Vital statistics of India. Vol. VI, European troops 1870-79
Year: 1870
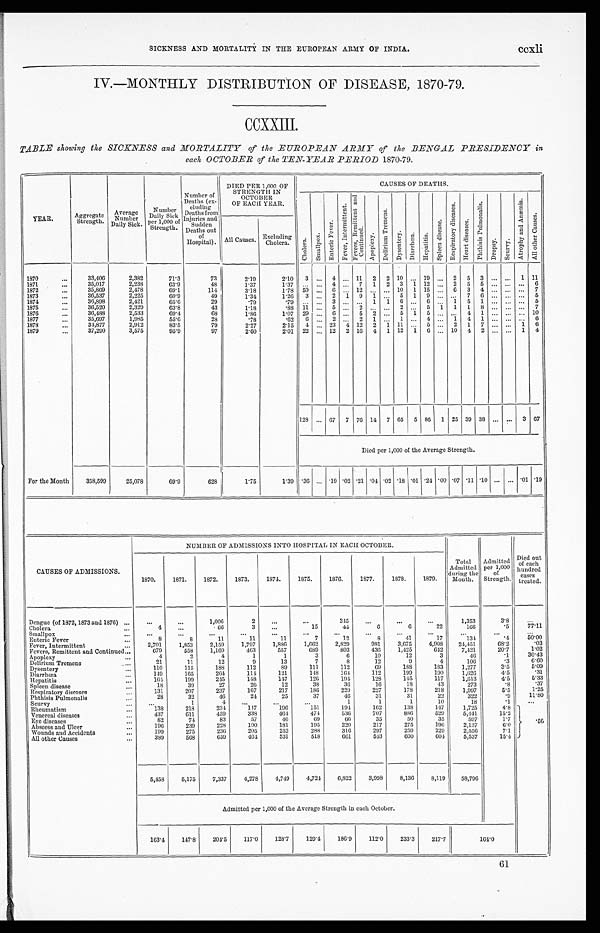
SICKNESS AND MORTALITY IN THE EUROPEAN ARMY OF INDIA.
ccxli
IV.—MONTHLY DISTRIBUTION OF DISEASE, 1870-79.
CCXXIII.
TABLE showing the SICKNESS and MORTALITY of the EUROPEAN ARMY of the BENGAL PRESIDENCY in
each OCTOBER of the TEN-YEAR PERIOD 1870-79.
YEAR.
Aggregate
Str ength.
Average
Number
Daily Sick.
Number Daily Sick per 1,000 of
Strength.
Number of
Deaths (ex-
eluding
Deaths from
Injuries and
S u d d e n
Deaths out
of
Hospital).
DIED PER 1,000 OF
STRENGTH IN
OCTOBER
OF EACH YEAR.
C A U S E S O F D E A T H S .
C h o l e r a .
Smal l pox.
E n t e r i c F e v e r .
F e v e r , I n t e r m i t t e n t .
F e v e r s , R e m i t t e n t a n d C o n t i n u e d .
A p o p l e x y .
D e l i r i u m T r e m e n s .
D y s e n t e r y .
D i a r r h œ a .
H e p a t i t i s .
S p l e e n d i s e a s e .
Respi r at or y di seases.
Hear t di seases.
p h t h i s i s P u l m o n a l i s .
D r o p s y .
S c u r v y .
At r ophy and Anæmi a.
Al l ot her Causes.
All Causes.
Excluding
Cholera.
1870
...
33,406
2,382
71.3
73
2.19
2.10
3
...
4
...
11
2
2
10
...
19
...
2
5
3
...
...
1
11
1871
...
35,017
2,238
63.9
48
1.37
1.37
...
...
4
...
7
1
2
3
1
12
...
2
5
5
...
...
...
6
1872
...
35,
869
2,478
69.1
114
3.18
1.78
50
...
6
...
12
...
...
10
1
15
...
6
3
4
...
...
...
7
1873
...
36,537
2,225
60.9
49
1.34
1.26
3
...
2
1
9
1
...
5
1
9
...
...
7
6
...
...
...
5
1874
...
36,898
2,421
65.6
29
.79
.79
...
...
3
...
...
1
1
6
...
6
...
1
5
1
...
...
...
5
1875
...
36,520
2,329
63.8
43
1.18
.88
11
...
5
...
2
...
...
2
...
5
1
1
8
...
...
...
7
1876
...
36,488
2,533
69.4
68
1.86
1.07
29
...
6
...
5
2
...
5
1
5
...
...
4
1
...
...
...
10
1877
...
35,697
1,985
55.6
28
.78
.62
6
...
2
...
2
1
...
1
...
4
...
1
4
1
...
...
...
6
1878
...
31,877
2,912
83.5
79
2.27
2.15
4
...
23
4
12
2
1
11
...
5
...
2
1
7
...
...
1
6
1879
...
37,290
3,575
95.9
97
2.60
2.01
22
...
12
2
16
4
1
12
1
6
...
10
4
2
...
...
1
4
128
...
67
7
76
14
7
65
5
86
1
25
39
38
...
...
3
67
Died per 1,000 of the Average Strength.
For the Month
358,599
25,078
69.9
628
1.75
1.39
.30
...
.19 .02
.21
.04 .02
.18
.01
.21
.00
.07
.11
.10
...
...
.01
.19
NUMBER OF ADMISSIONS INTO HOSPITAL IN EACH OCTOBER.
CAUSES OF ADMISSIONS.
1870.
1871.
1872.
1873.
1874.
1875.
1876.
1877.
1878.
1879.
Total
Admitted
during the
Month.
Admitted
per 1,000
of
Strength.
Died out
of each
hundred cases
treated.
Dengue (of 1872, 1873 and 1876)
...
...
...
1,006
2
. . .
. . .
34 5
. . .
...
...
1,353
3.8
. . .
Cholera
...
4
...
66
3
...
15
44
6
6
22
166
.5
77.11
Small pox
...
...
...
...
...
...
...
...
...
...
...
...
...
...
Enteric Fever
...
8
8
11
11
11
7
12
8
41
17
134
.4 50.00
Fever, Intermittent
2,701
1,853
2,159
1,797
1,886
1,662
2,829
981
3,675
4,908
24,451
68.2
.03
Fevers, Remittent and Continued...
679
558
1,169
463
557
689
803
436
1,425
642
7,421
20.7
1.02
Apoplexy
...
4
2
4
1
1
3
6
10
12
3
46
.1
30.43
Delirium Tremens...
21
11
12
9
13
7
8
12
9
4
106
.3
6.60
Dysentery
...
110
115
188
112
89
111
112
69
188
183
1,277
3.5
5.09
Diarrhœa
...
149
165
264
114
121
148
164
112
199
190
1,626
4.5 .31
Hepatitis
...
164
199
245
148
147
126
194
128
145
117
1,613
4.5
5.33
Spleen disease...
18
39
27
26
12
38
36
16
18
43
273
.8
.37
Respiratory diseases
131
207
237
167
217
186
229
227
178
218
1,997
5.5
1 . 2 5
Phthisis Pulmonalis
28
32
46
24
25
37
46
31
31
22
322
.9
1 1 . 8 0
Scurvy
...
...
1
4
...
...
...
1
1
1
10
18
.1
...
Rheumatism
...
138
218
234
147
196
151
194
162
138
147
1,725
4.8
Venereal diseases
...
437
611
459
338
464
474
536
707
886
529
5,441
15.2
Eye diseases
...
82
74
83
57
46
69
66
35
50
35
597
1. 7
.56
Abscess and Ulcer
...
196
239
228
190
181
195
220
217
275
196
2,137
6.0
Wounds and Accidents
...
199
275
236
205
252
288
316
297
259
229
2,556
7. 1
All other Causes
389
568
659
464
531
518
661
543
600
604
5,537
1 5 . 4
5,458
5,175
7,337
4,278
4,749
4,724
6,822
3,998
8,136
8,119
58,796
Admitted per 1,000 of the Average Strength in each October.
163.4
147.8
204.5
117.0
128.7
129.4
186.9
112.0
233.3
217.7
164.0
61